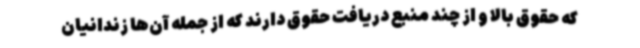
که حقوق بالا و از چند منبع دریافت حقوق دارند که از جمله آن‌ها زندانیان